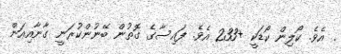
. އެވެ. ކޯލިން ކޯޑަކީ +233 އެވެ. ފައިސާގެ ގޮތުން ބޭނުންކުރަނީ ގާނާާއިއަން